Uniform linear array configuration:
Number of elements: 12
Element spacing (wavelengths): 0.75
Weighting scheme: hann
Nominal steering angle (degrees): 15
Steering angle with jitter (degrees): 16.727
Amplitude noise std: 0.05
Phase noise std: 0.05

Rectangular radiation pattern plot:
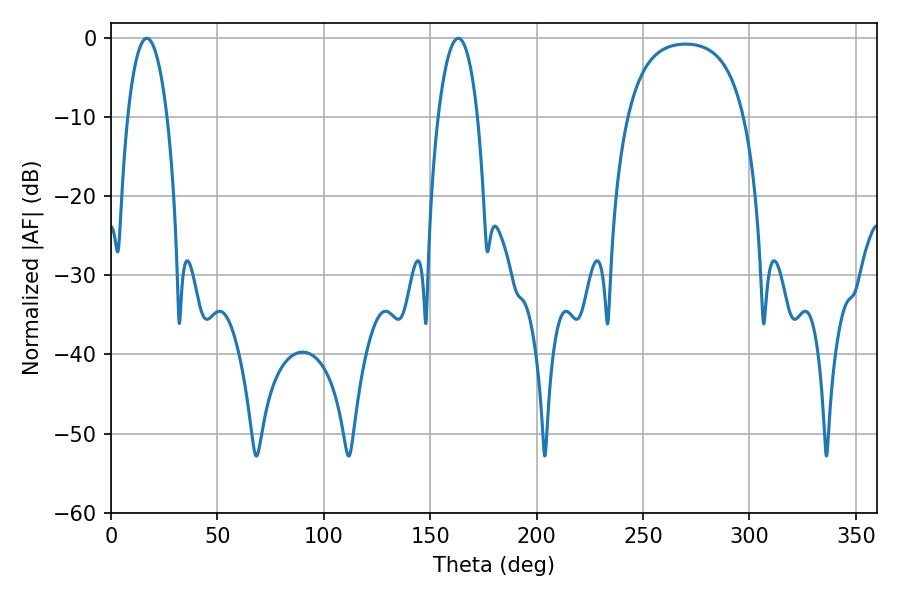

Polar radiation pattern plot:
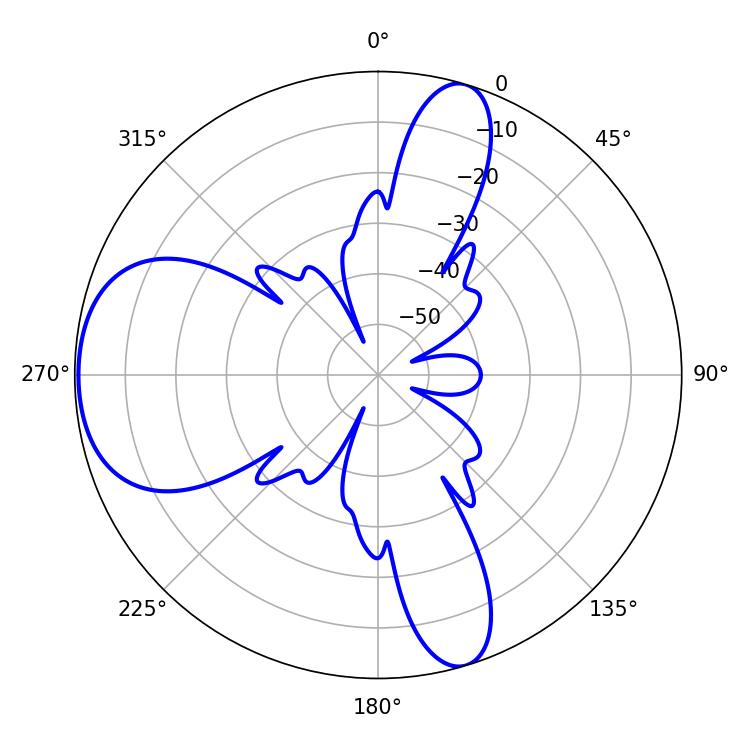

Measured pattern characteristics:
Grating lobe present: TRUE
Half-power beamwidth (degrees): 10.44
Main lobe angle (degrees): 16.74